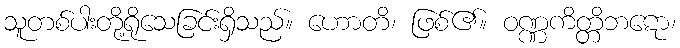
သူတစ်ပါးတို့ရိုသေခြင်းရှိသည်။ ဟောတိ၊ ဖြစ်၏။ ဝဏ္ဏကိတ္တိဘဋော၊